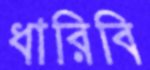
ধারিবি